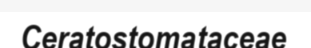
Ceratostomataceae